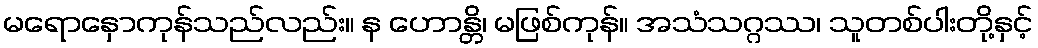
မရောနှောကုန်သည်လည်း။ န ဟောန္တိ၊ မဖြစ်ကုန်။ အသံသဂ္ဂဿ၊ သူတစ်ပါးတို့နှင့်